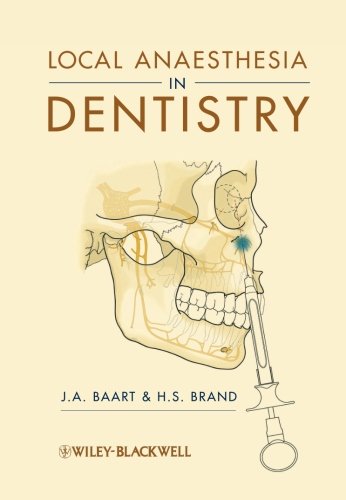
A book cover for Local Anaesthesia in Dentistry; J. A. Baart; Medical Books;